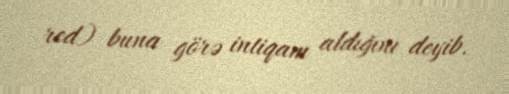
red) buna görə intiqam aldığını deyib.